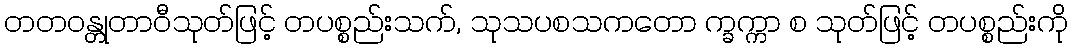
တတဝန္တုတာဝီသုတ်ဖြင့် တပစ္စည်းသက်, သုသပစသကတော က္ခက္ကာ စ သုတ်ဖြင့် တပစ္စည်းကို